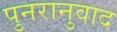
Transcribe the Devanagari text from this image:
पुनरानुवाद